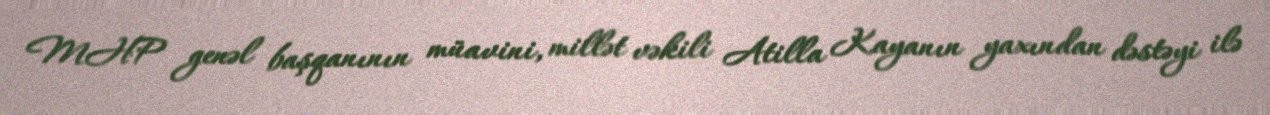
MHP genəl başqanının müavini, millət vəkili Atilla Kayanın yaxından dəstəyi ilə